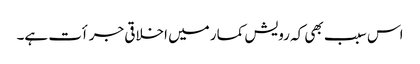
اس سبب بھی کہ رویش کمار میں اخلاقی جرأت ہے۔